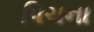
પિચના